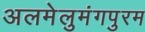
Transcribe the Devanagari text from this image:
अलमेलुमंगपुरम